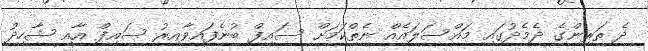
ދެ ތަރިންގެ ދެމެދުގައި މައްސަލައެއް ނެތްކަމަށް ސައިފް ބުނެފައިވާއިރު ސައިފް އާއި ޝާހިދު